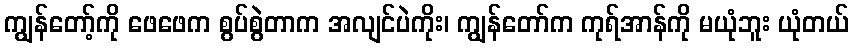
ကျွန်တော့်ကို ဖေဖေက စွပ်စွဲတာက အလျင်ပဲကိုး၊ ကျွန်တော်က ကုရ်အာန်ကို မယုံဘူး ယုံတယ်